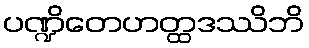
ပဏ္ဍိတေဟတ္ထဒဿိဘိ